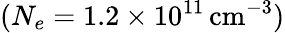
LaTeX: (N_{e}=1.2\times 10^{11}\, \mathrm{cm}^{-3})